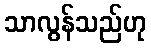
သာလွန်သည်ဟု